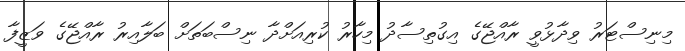
މިނިސްޓަރު ވިދާޅުވީ ރާއްޖޭގެ އިގުތިސާދު މިހާރު ކުރިއަށްދާ ނިސްބަތަަށް ބަލާއިރު ރާއްޖޭގެ ވަޒީފާ